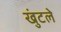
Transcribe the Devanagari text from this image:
खुंटले